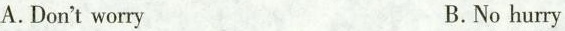
A. Don'tworry B. No hurry